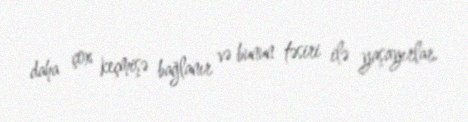
daha çox keçmişə bağlanır və bunun təsiri ilə yaşayırlar.